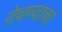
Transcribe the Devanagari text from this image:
वेचण्याचा